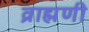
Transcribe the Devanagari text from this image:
व्राह्मणी